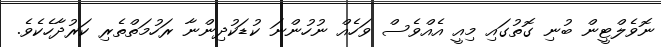
ނޮވެލްޓީން ބުނި ގޮތުގައި މިއީ އެއްވެސް ވަހެއް ނުހުންނަ ކުޑަކުދިންނާ ރަހުމަތްތެރި ކަރުދާހެކެވެ.